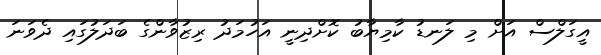
އީގަލްސް އަށް މި ލަނޑު ކާމިޔާބު ކޮށްދިނީ އަހުމަދު ރިޒުވާންގެ ބަދަލުގައި ދެވަނަ